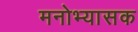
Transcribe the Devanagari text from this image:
मनोभ्यासक